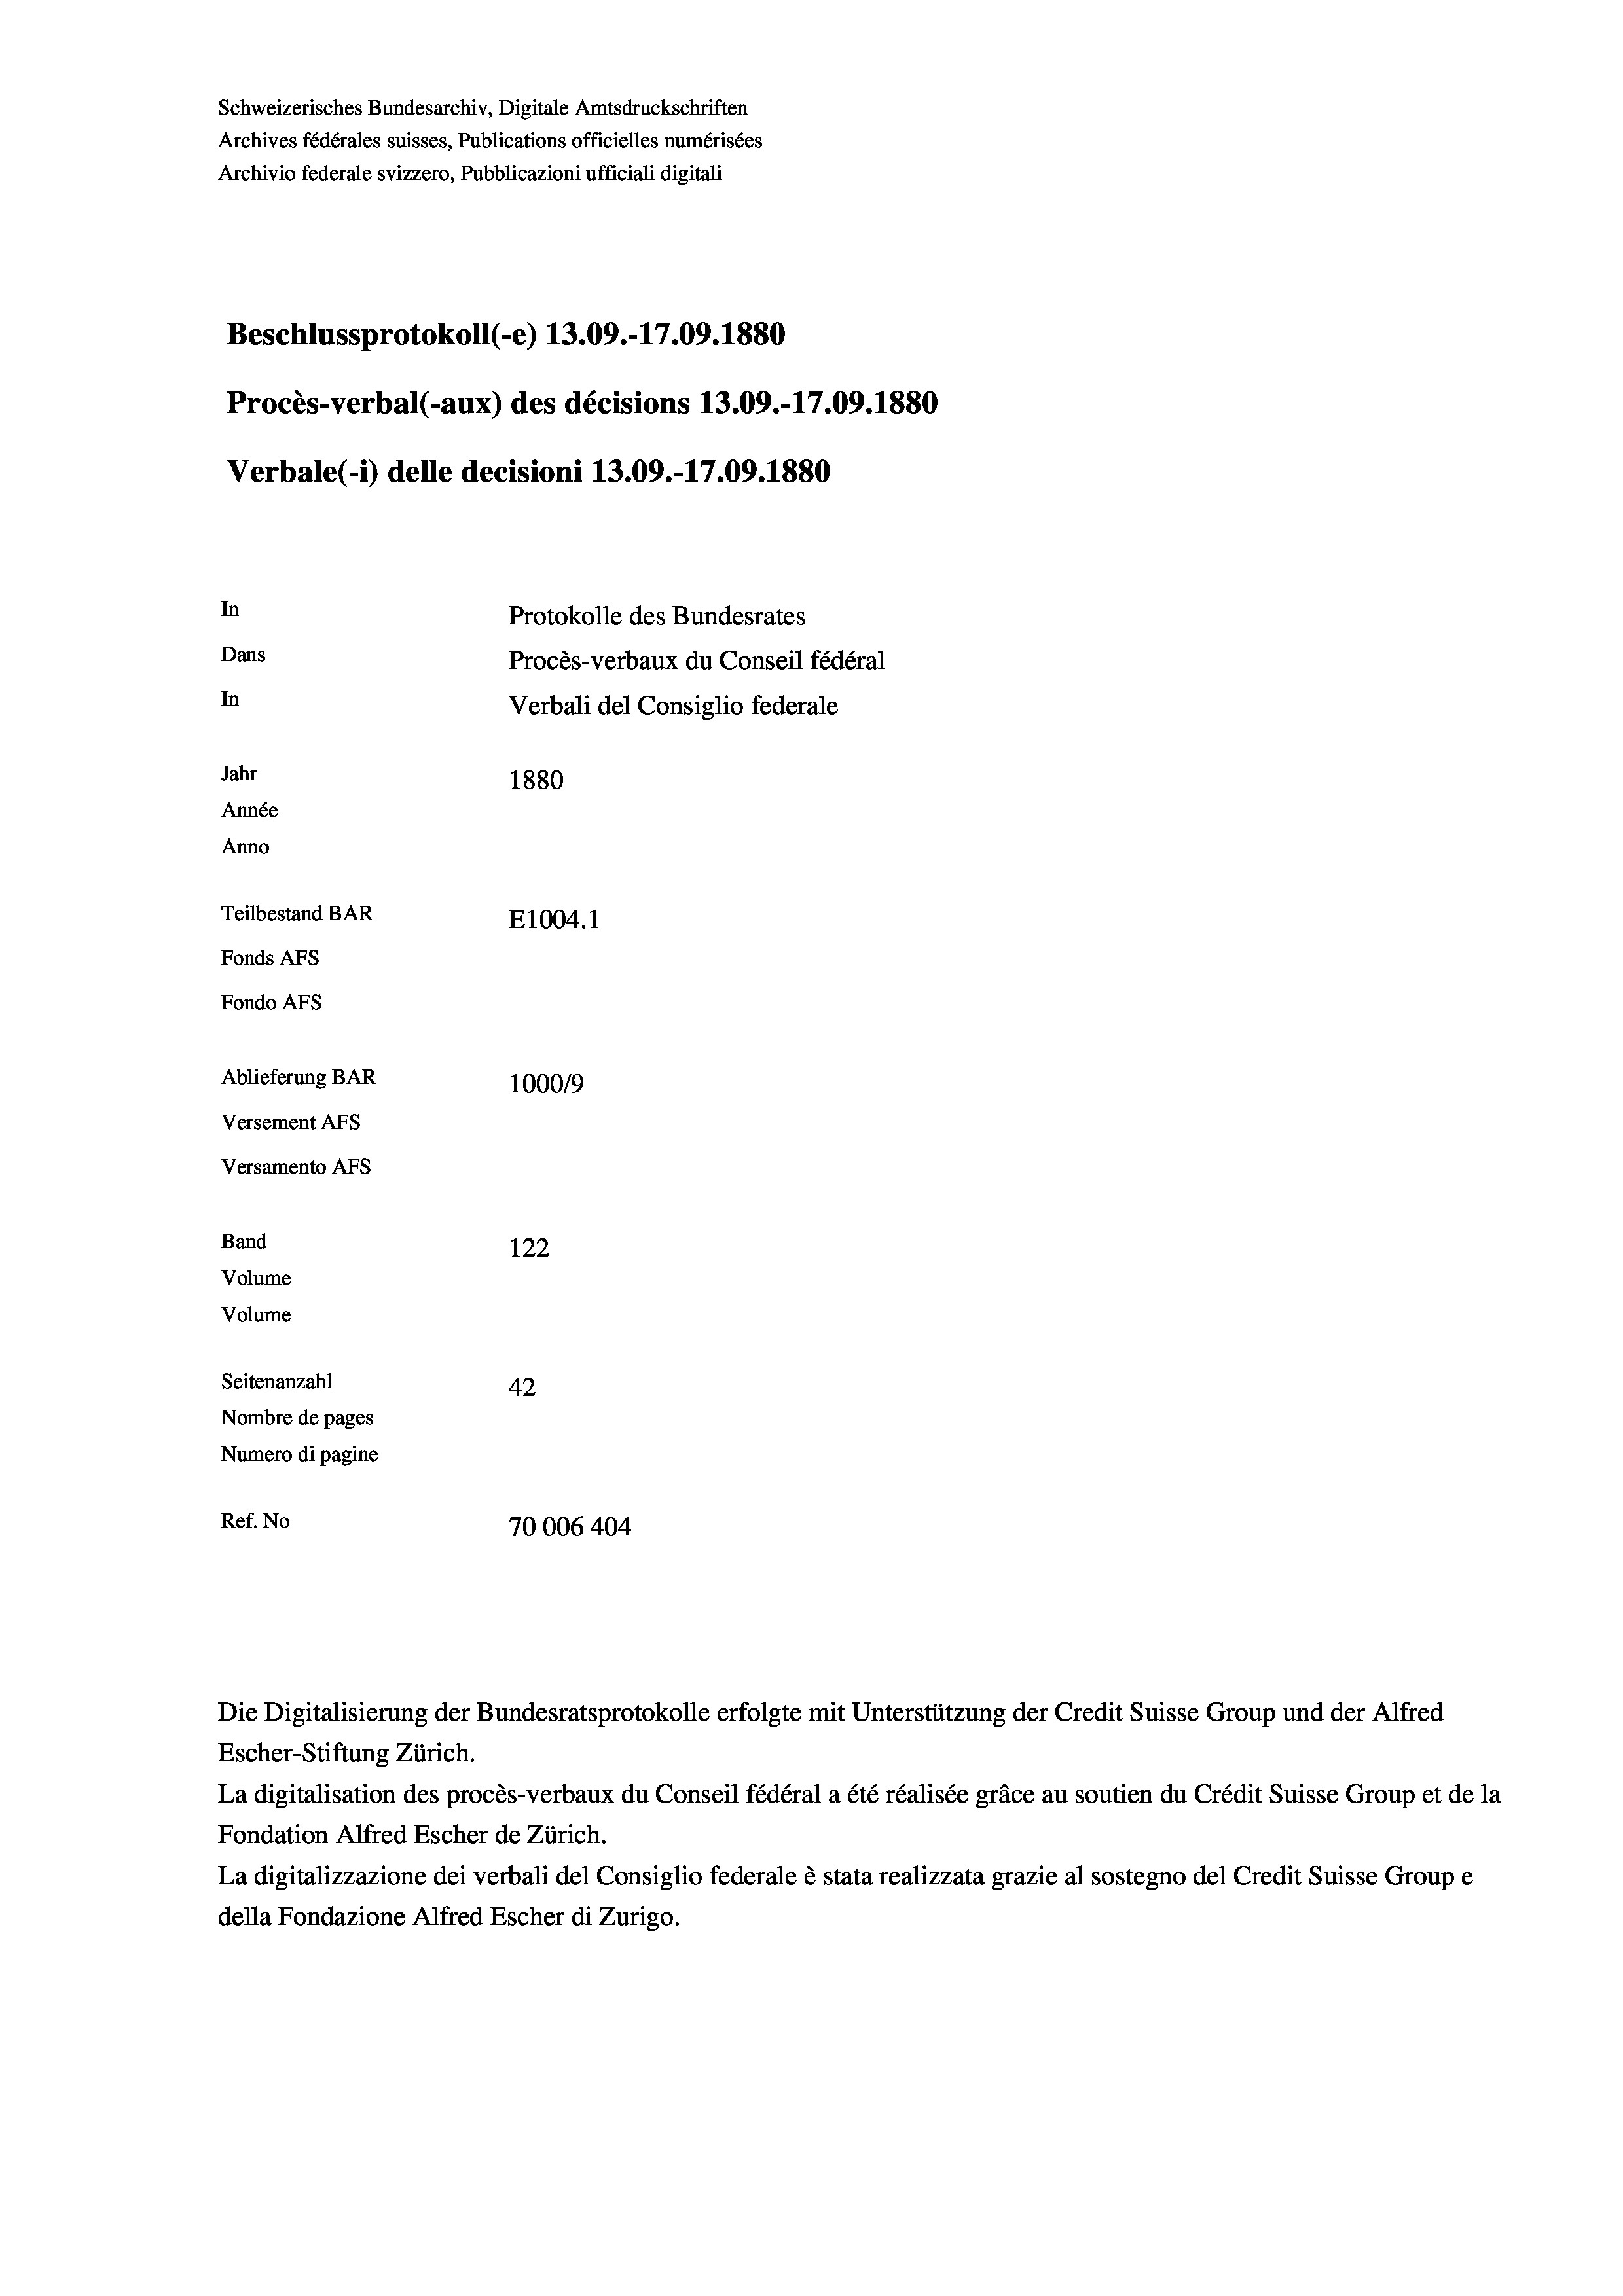
Schweizerisches Bundesarchiv, Digitale Amtsdruckschriften
Archives fédérales suisses, Publications officielles numérisées
Archivio federale svizzero, Pubblicazioni ufficiali digitali
Beschlussprotokoll (-e) 13.09.-17.09. 1880
Procès-verbal (-aux) des décisions 13.09.-17.09. 1880
Verbale (i) delle decisioni 13.09.-17.09. 1880
In
Protokolle des Bundesrates
Dans
Procès-verbaux du Conseil fédéral
In
Verbali del Consiglio federale
Jahr
1880
Année
Anno
Teilbestand BAR
E1004.1
Fonds AFs
Fondo AFs
Ablieferung BAR
100019
Versement AFs
Versamento AFS

122
Seitenanzahl
42
Nombre de pages
Numero di pagine
Ref. No
70006 404

Band

Volume
Volume

Escher-Stiftung Zürich.
La digitalisation des procès-verbaux du Conseil fédéral a été réalisée gräce au soutien du Crédit Suisse Group et de la
Fondation Alfred Escher de Zürich.
La digitalizzazione dei verbali del Consiglio federale è stata realizzata grazie al sostegno del Credit Suisse Groupe
della Fondazione Alfred Escher di Zurigo.

Die Digitalisierung der Bundesratsprotokolle erfolgte mit Unterstützung der Credit Suisse Group und der Alfred